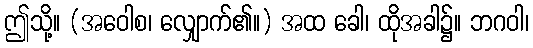
ဤသို့။ (အဝေါစ၊ လျှောက်၏။) အထ ခေါ၊ ထိုအခါ၌။ ဘဂဝါ၊